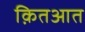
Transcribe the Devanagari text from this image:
क़ितआत